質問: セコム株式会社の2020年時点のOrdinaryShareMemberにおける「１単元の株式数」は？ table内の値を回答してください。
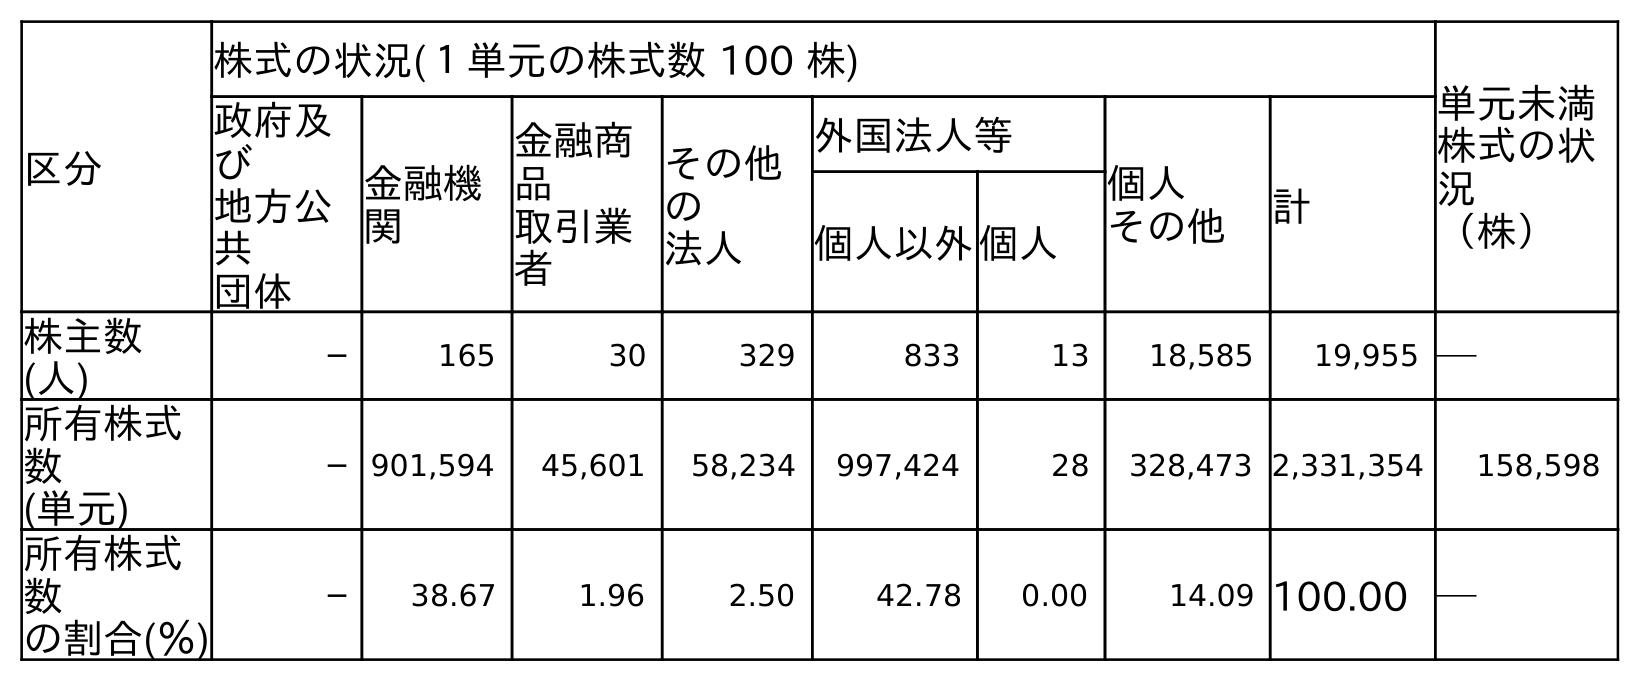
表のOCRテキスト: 区分 株式の状況(１単元の株式数 100 株) 単元未満 株式の状 況 （株） 政府及 び 地方公 共 団体 金融機 関 金融商 品 取引業 者 その他 の 法人 外国法人等 個人 その他 計 個人以外個人 株主数 (人) ─ 165 30 329 833 13 18,585 19,955 ─ 所有株式 数 (単元) ─ 901,594 45,601 58,234 997,424 28 328,473 2,331,354 158,598 所有株式 数 の割合(％) ─ 38.67 1.96 2.50 42.78 0.00 14.09 100.00 ─
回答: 株式の状況(１単元の株式数100株)